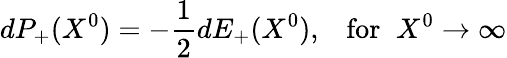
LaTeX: dP_{+}(X^{0})=-\frac{1}{2}dE_{+}(X^{0}),\; \; \; \mathrm{for}\; \; X^{0}\rightarrow\infty